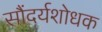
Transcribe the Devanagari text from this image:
सौंदर्यशोधक